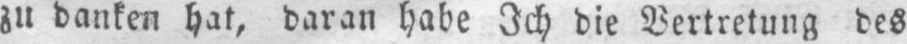
zu danken hat, daran habe Ich die Vertretung des